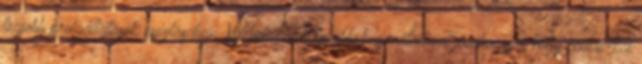
legjobb szolgáltatások nyújtásában. Weboldalunk további használatával jóváhagyja, hogy cookie-kat